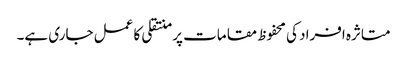
متاثرہ افراد کی محفوظ مقامات پر منتقلی کا عمل جاری ہے۔